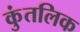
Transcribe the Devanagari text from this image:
कुंतलिक